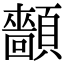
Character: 𩕡